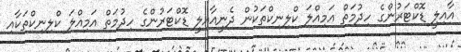
އާއިލީ ޑޮކްޓަރުންގެ ހިދުމަތް އަމިއްލަ ކްލިނިކްތަކުން ދެނީއާއިލީ ޑޮކްޓަރުންގެ ހިދުމަތް އަމިއްލަ ކްލިނިކްތަކާއި